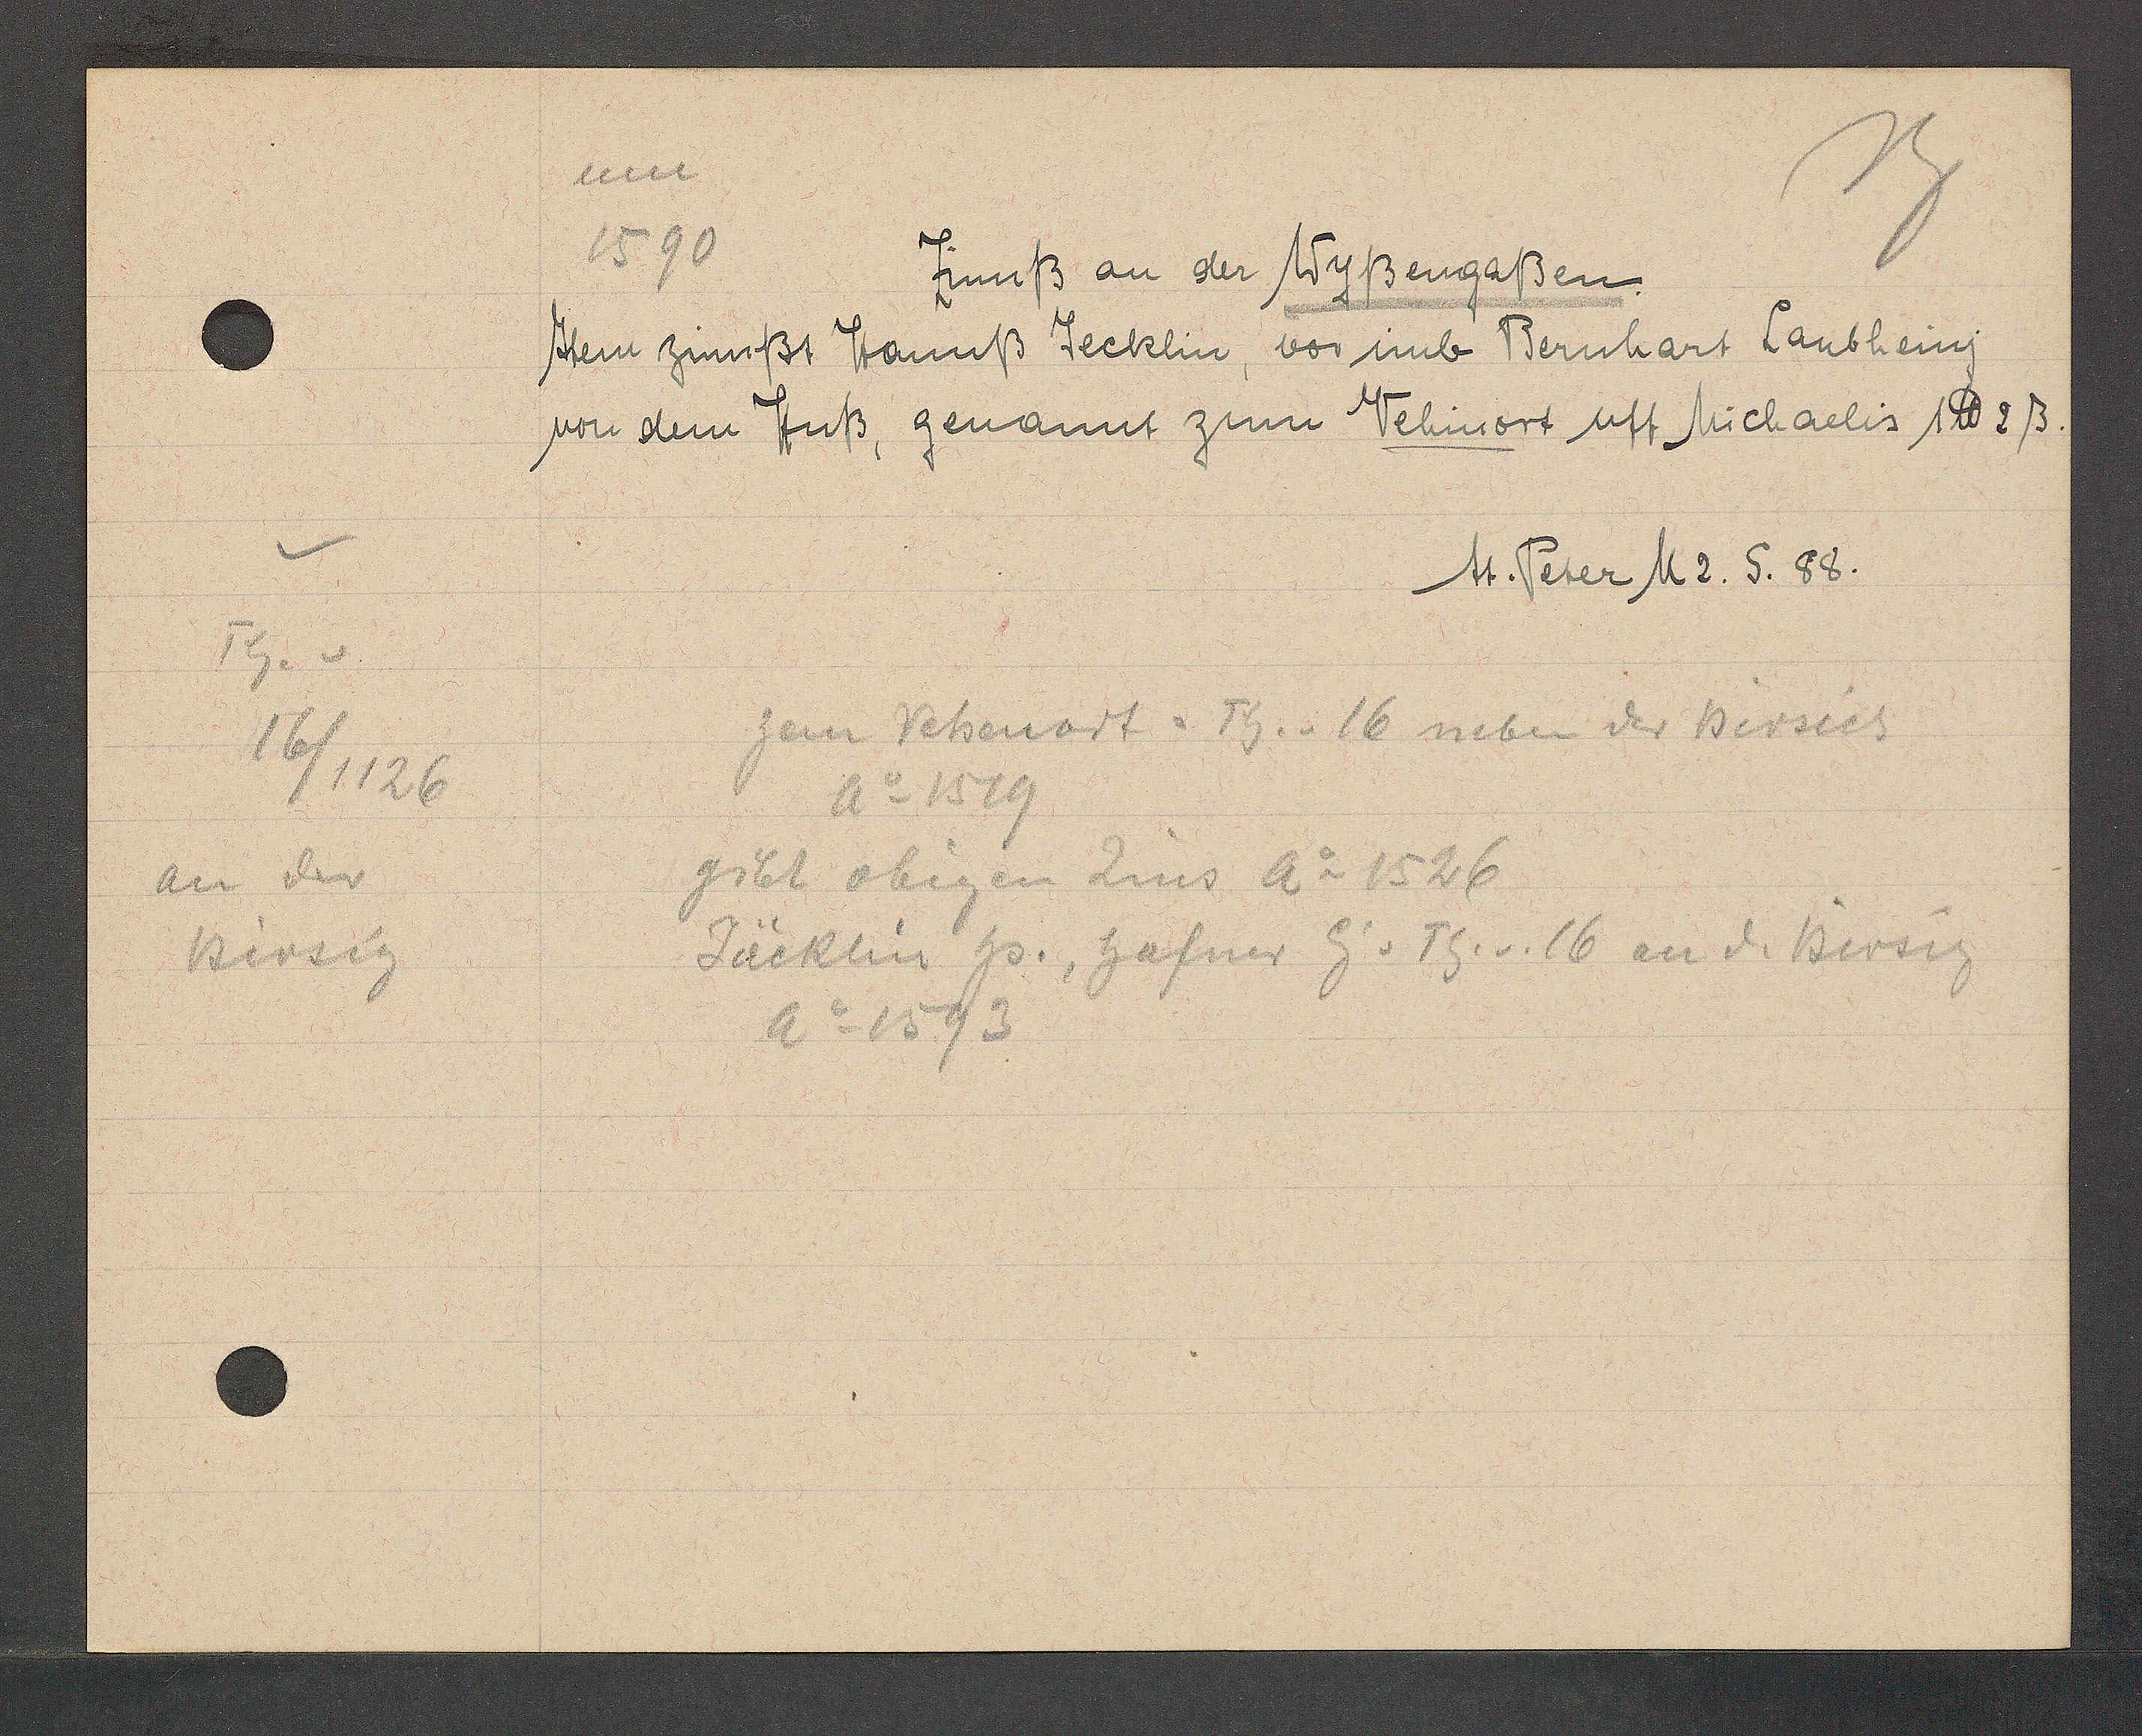
Transcript:
Th. v
16/1126
an der
Birsig

um
1590
Zinnß an der Wyßengaßen.

Item zinnßt Hannß Jecklin, vor imb Bernhart Laubheinj
von dem Huß, genannt zum Vehinort uff Michaelis 1℔ 2 ß.

M. Peter M 2. S. 88.

zem Vetsenort = Th. v. 16 neben der Bersich
Ao 1519
gibt obigen Zins Ao 1526
Jäcklin hs. hafner Eig v. Th. v. 16 an d. Birsig
Ao 1593